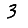
Digit: 3